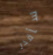
سأقدر